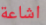
اشاعة